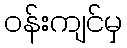
ဝန်းကျင်မှ